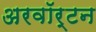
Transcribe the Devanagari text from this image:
अरवॉर्टन